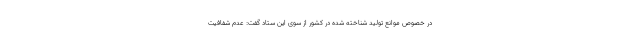
در خصوص موانع تولید شناخته شده در کشور از سوی این ستاد گفت: عدم شفافیت